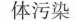
体污染